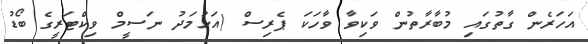
އަހަރެން ގާތުގައި މުބާރާތުން ވަކިވާ ވާހަކަ ޕެރިސް (އަހުމަދު ނަސީމް ވިކްޓަރީގެ ބޯޑު